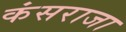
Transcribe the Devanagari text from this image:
कंसराजा